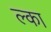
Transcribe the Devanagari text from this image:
ल्का